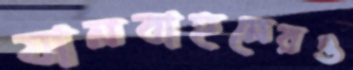
যানবাহনেরও